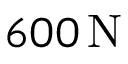
6 0 0 \, \mathrm { N }